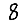
Digit: 8